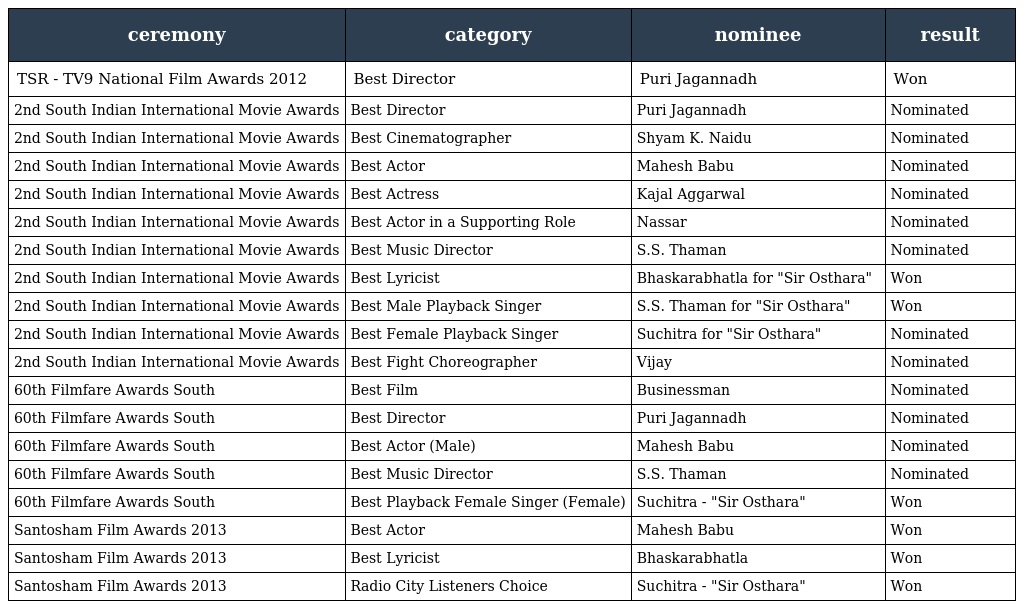
| ceremony | category | nominee | result |
 | --- | --- | --- | --- |
 | TSR - TV9 National Film Awards 2012 | Best Director | Puri Jagannadh | Won |
 | 2nd South Indian International Movie Awards | Best Director | Puri Jagannadh | Nominated |
 | 2nd South Indian International Movie Awards | Best Cinematographer | Shyam K. Naidu | Nominated |
 | 2nd South Indian International Movie Awards | Best Actor | Mahesh Babu | Nominated |
 | 2nd South Indian International Movie Awards | Best Actress | Kajal Aggarwal | Nominated |
 | 2nd South Indian International Movie Awards | Best Actor in a Supporting Role | Nassar | Nominated |
 | 2nd South Indian International Movie Awards | Best Music Director | S.S. Thaman | Nominated |
 | 2nd South Indian International Movie Awards | Best Lyricist | Bhaskarabhatla for "Sir Osthara" | Won |
 | 2nd South Indian International Movie Awards | Best Male Playback Singer | S.S. Thaman for "Sir Osthara" | Won |
 | 2nd South Indian International Movie Awards | Best Female Playback Singer | Suchitra for "Sir Osthara" | Nominated |
 | 2nd South Indian International Movie Awards | Best Fight Choreographer | Vijay | Nominated |
 | 60th Filmfare Awards South | Best Film | Businessman | Nominated |
 | 60th Filmfare Awards South | Best Director | Puri Jagannadh | Nominated |
 | 60th Filmfare Awards South | Best Actor (Male) | Mahesh Babu | Nominated |
 | 60th Filmfare Awards South | Best Music Director | S.S. Thaman | Nominated |
 | 60th Filmfare Awards South | Best Playback Female Singer (Female) | Suchitra - "Sir Osthara" | Won |
 | Santosham Film Awards 2013 | Best Actor | Mahesh Babu | Won |
 | Santosham Film Awards 2013 | Best Lyricist | Bhaskarabhatla | Won |
 | Santosham Film Awards 2013 | Radio City Listeners Choice | Suchitra - "Sir Osthara" | Won |